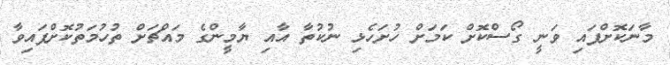
މާނަކޮށްފައި ވަނީ ގޯސްކޮށް ކަމަށް ހުށަހެޅި ނުކުތާ އާއި ޔާމީންގެ މައްޗަށް ތުހުމަތުކޮށްފައިވާ